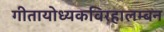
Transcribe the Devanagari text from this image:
गीतायोध्यकविरहालम्बन